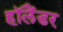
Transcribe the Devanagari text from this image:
हॉलैंडर